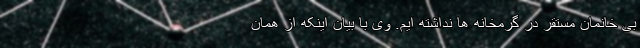
بی خانمان مستقر در گرمخانه ها نداشته ایم. وی با بیان اینکه از همان